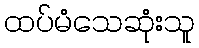
ထပ်မံသေဆုံးသူ